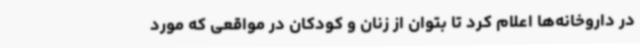
در داروخانه‌ها اعلام کرد تا بتوان از زنان و کودکان در مواقعی که مورد